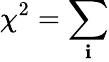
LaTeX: \chi^{2}=\sum_{\mathbf{i}}